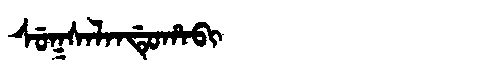
Manchu: ᠰᡠᡴᠰᠠᠯᠠᠨᡩᡠᡥᠠᠪᡳ
Romanization: SUKSALANDUHABI